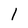
Character: 1